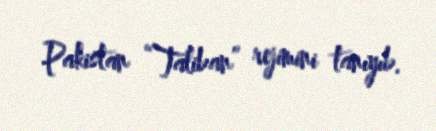
Pakistan “Taliban” rejimini tanıyıb.